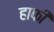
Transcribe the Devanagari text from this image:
हाफी